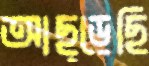
আছ্‌ড়েছি